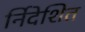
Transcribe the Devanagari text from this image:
र्निदेशित